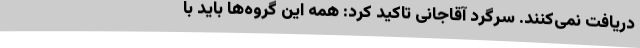
دریافت نمی‌کنند. سرگرد آقاجانی تاکید کرد: همه این گروه‌ها باید با